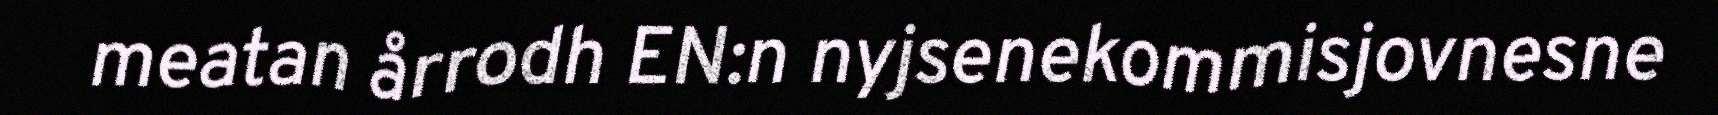
meatan årrodh EN:n nyjsenekommisjovnesne